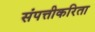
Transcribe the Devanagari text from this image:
संपत्तीकरिता